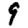
Digit: 9